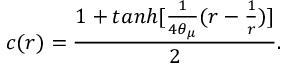
c ( r ) = \frac { 1 + t a n h [ \frac { 1 } { 4 \theta _ { \mu } } ( r - \frac { 1 } { r } ) ] } { 2 } .